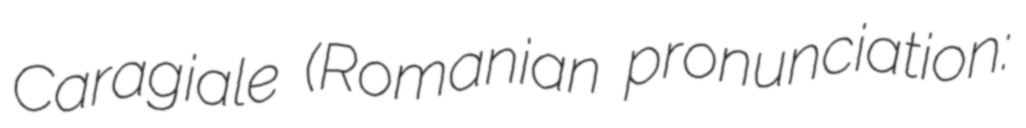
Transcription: Caragiale (Romanian pronunciation: